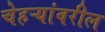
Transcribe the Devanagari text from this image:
चेहऱ्यांवरील